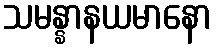
သမန္နာနယမာနော